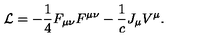
{ \cal L } = - { \frac { 1 } { 4 } } F _ { \mu \nu } F ^ { \mu \nu } - { \frac { 1 } { c } } J _ { \mu } V ^ { \mu } .